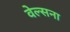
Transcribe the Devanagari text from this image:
वेल्सना